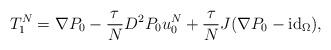
LaTeX: \begin{align*}T_{1}^{N}=\nabla P_{0}-\frac{\tau}{N} D^{2}P_{0}u_{0}^{N}+\frac{\tau}{N} J(\nabla P_{0}-\mathrm{id}_{\Omega}),\end{align*}